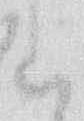
候